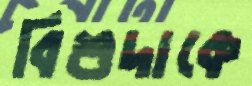
বিশুদাকে